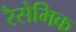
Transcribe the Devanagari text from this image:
रैसेमिक